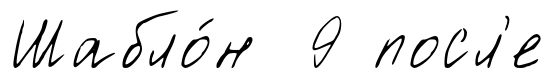
Шабло́н 9 посл'е